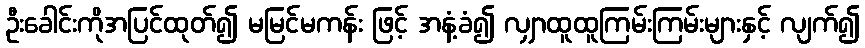
ဦးခေါင်းကိုအပြင်ထုတ်၍ မမြင်မကန်း ဖြင့် အနံ့ခံ၍ လျှာထူထူကြမ်းကြမ်းများနှင့် လျက်၍